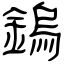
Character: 鎢